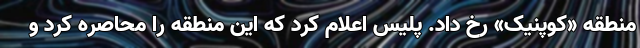
منطقه «کوپنیک» رخ داد. پلیس اعلام کرد که این منطقه را محاصره کرد و